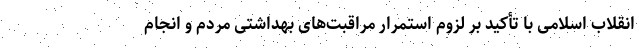
انقلاب اسلامی با تأکید بر لزوم استمرار مراقبت‌های بهداشتی مردم و انجام